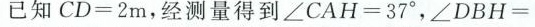
已知CD=2m，经测量得到$$\angle CAH=37°$$，$$\angle DBH=